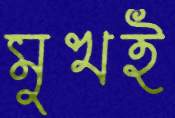
মুখই